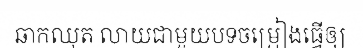
ឆាកឈុត លាយជាមួយបទចម្រៀងធ្វើឲ្យ